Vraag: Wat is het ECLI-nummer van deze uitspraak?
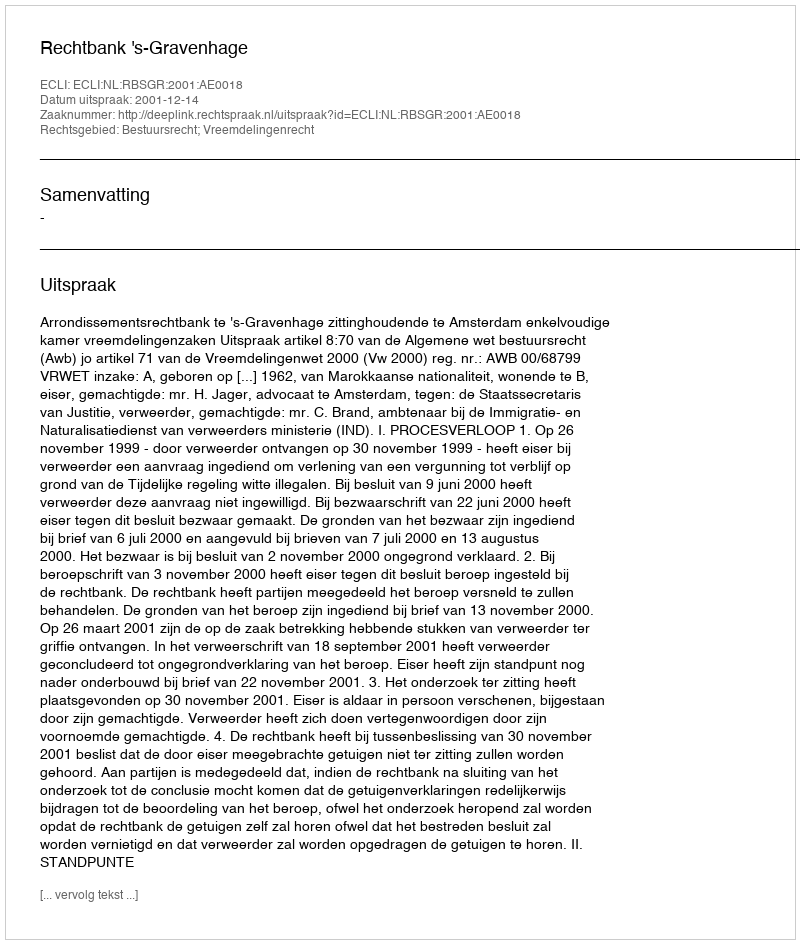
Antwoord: ECLI:NL:RBSGR:2001:AE0018